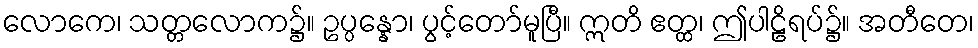
လောကေ၊ သတ္တလောက၌။ ဥပ္ပန္နော၊ ပွင့်တော်မူပြီ။ ဣတိ ဧတ္ထ၊ ဤပါဠိရပ်၌။ အတီတေ၊